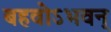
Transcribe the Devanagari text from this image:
बहवोऽभवन्